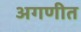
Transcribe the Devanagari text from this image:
अगणीत